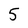
Character: 5